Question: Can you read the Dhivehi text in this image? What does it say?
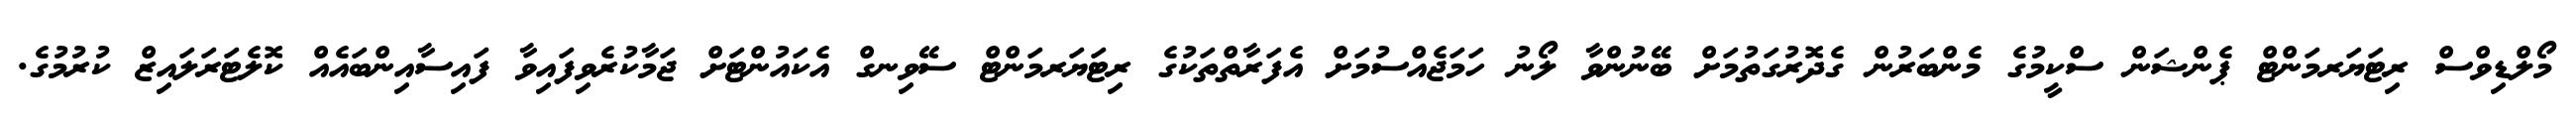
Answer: މޯލްޑިވްސް ރިޓަޔަރމަންޓް ޕެންޝަން ސްކީމުގެ މެންބަރުން ގެދޮރުގަތުމަށް ބޭނުންވާ ލޯނު ހަމަޖެއްސުމަށް އެފަރާތްތަކުގެ ރިޓަޔަރމަންޓް ސޭވިނގް އެކައުންޓަށް ޖަމާކުރެވިފައިވާ ފައިސާއިންބައެއް ކޮލެޓަރަލައިޒް ކުރުމުގެ.